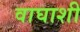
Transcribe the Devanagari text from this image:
वाघाशी